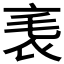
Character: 𧘝